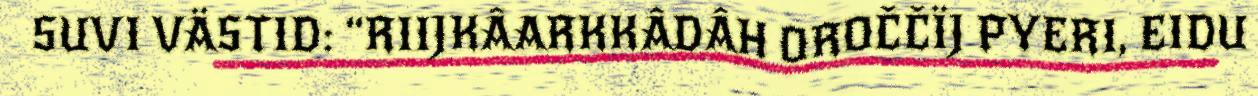
SUVI VÄSTID: “RIIJKÂARKKÂDÂH OROČČÏJ PYERI, EIDU